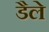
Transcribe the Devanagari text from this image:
डैले